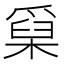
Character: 𤔥